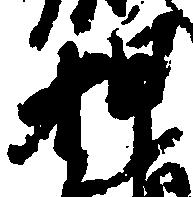
押